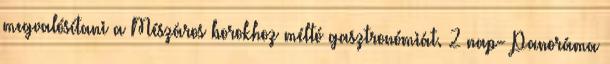
megvalósítani a Mészáros borokhoz méltó gasztronómiát. 2 nap- Panoráma